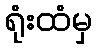
ရုံးထံမှ